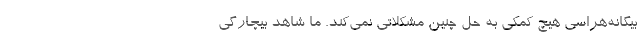
بیگانه‌هراسی هیچ کمکی به حل چنین مشکلاتی نمی‌کند. ما شاهد بیچارگی